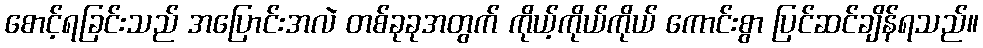
စောင့်ရခြင်းသည် အပြောင်းအလဲ တစ်ခုခုအတွက် ကိုယ့်ကိုယ်ကိုယ် ကောင်းစွာ ပြင်ဆင်ချိန်ရသည်။